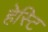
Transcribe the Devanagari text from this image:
हेस्टि